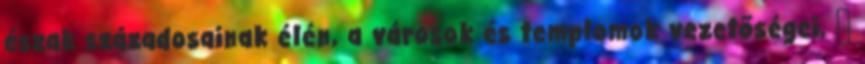
észak századosainak élén, a városok és templomok vezetőségei, 